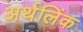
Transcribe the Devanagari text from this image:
अर्थलिंक